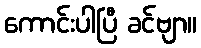
ကောင်းပါပြီ ခင်ဗျာ။